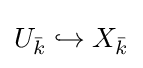
U_{\bar {k}}\hookrightarrow X_{\bar {k}}